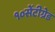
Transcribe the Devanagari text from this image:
१०सेंटीग्रेड